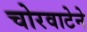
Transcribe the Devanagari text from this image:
चोरवाटेने